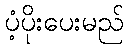
ပံ့ပိုးပေးမည်